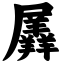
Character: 羼